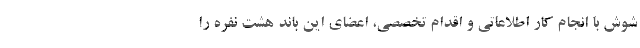
شوش با انجام کار اطلاعاتی و اقدام تخصصی، اعضای این باند هشت نفره را